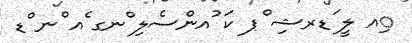
ިއ ލީ ަޑރޝި ްޕ ކަ ުއންސެލި ްނގ ެއ ްނ ްޑ